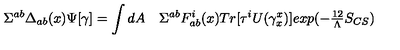
\Sigma ^ { a b } \Delta _ { a b } ( x ) \Psi [ \gamma ] = \int d A \quad \Sigma ^ { a b } F _ { a b } ^ { i } ( x ) T r [ \tau ^ { i } U ( \gamma _ { x } ^ { x } ) ] e x p ( - { \textstyle { \frac { 1 2 } { \Lambda } } } S _ { C S } )